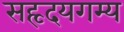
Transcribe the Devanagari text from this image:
सहृदयगम्य